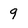
Character: 9